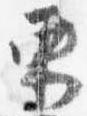
束